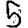
Digit: 5